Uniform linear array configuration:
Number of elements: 12
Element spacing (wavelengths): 0.5
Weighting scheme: hamming
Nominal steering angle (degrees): -60
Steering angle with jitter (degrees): -61.831
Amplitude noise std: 0.05
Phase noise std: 0.05

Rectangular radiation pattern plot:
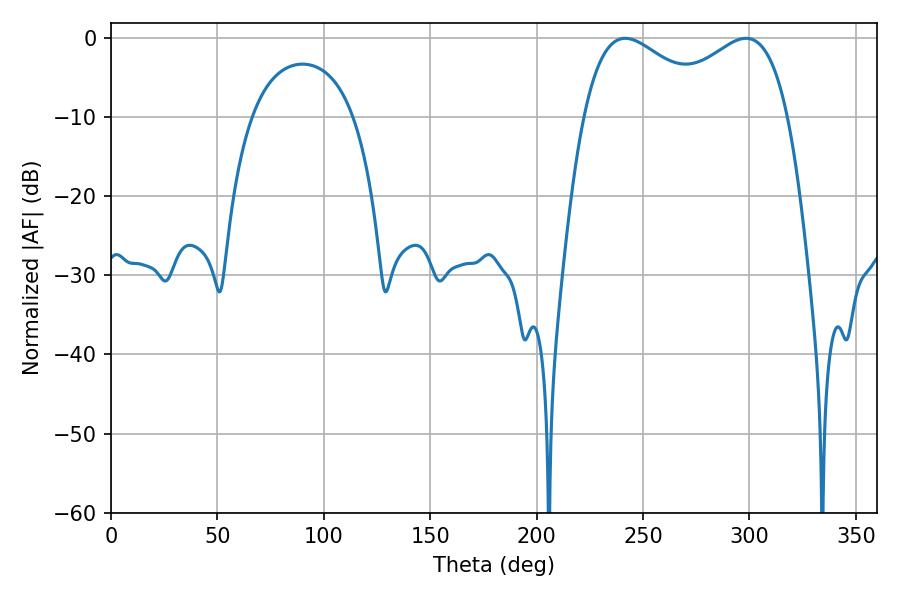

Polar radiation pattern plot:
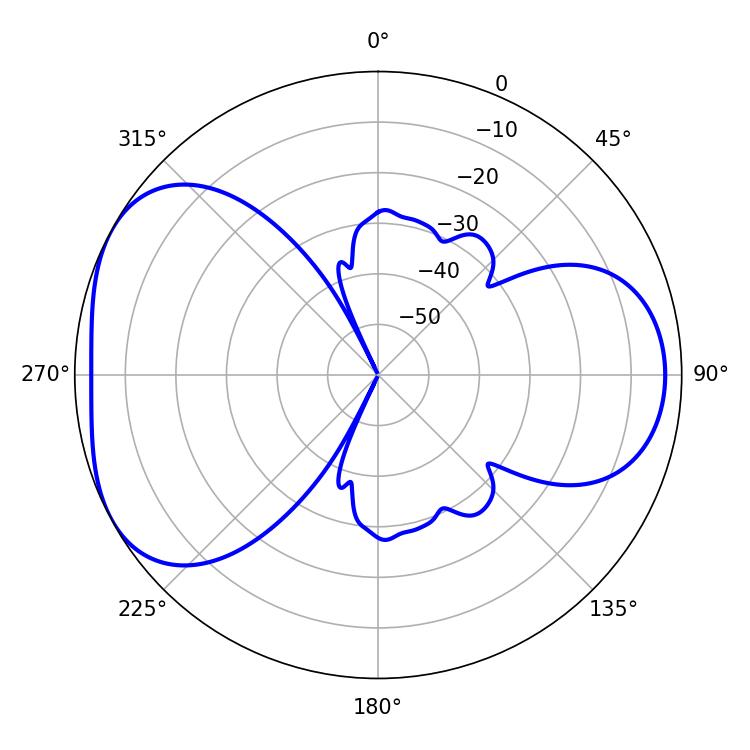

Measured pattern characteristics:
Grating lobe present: FALSE
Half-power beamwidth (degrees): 34.56
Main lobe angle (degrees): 241.56